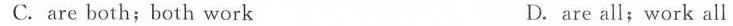
C. are both;both work D.are all;work all